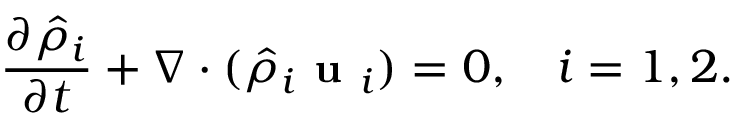
\small \frac { \partial \hat { \rho } _ { i } } { \partial t } + \nabla \cdot ( \hat { \rho } _ { i } \textbf { u } _ { i } ) = 0 , \quad i = 1 , 2 .